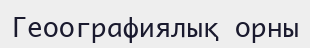
Геоографиялық орны